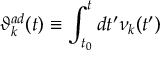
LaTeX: { \vartheta } _ { k } ^ { a d } ( t ) \equiv \int _ { t _ { 0 } } ^ { t } d t ^ { \prime } { \nu } _ { k } ( t ^ { \prime } )